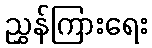
ညွှန်ကြားရေး